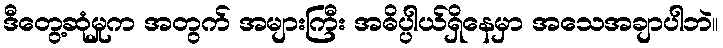
ဒီတွေ့ဆုံမှုက အတွက် အများကြီး အဓိပ္ပါယ်ရှိနေမှာ အသေအချာပါဘဲ။